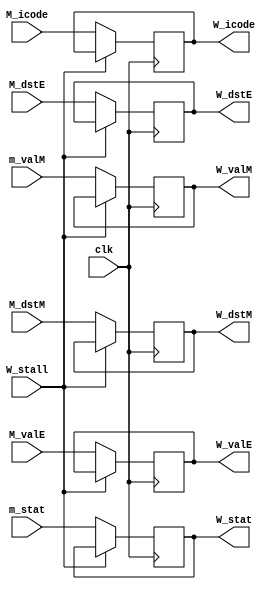
module WRITE_REG(clk,W_stall,m_stat,M_icode,M_valE,m_valM,M_dstE,M_dstM,W_stat,W_icode,W_valE,W_valM,W_dstE,W_dstM);

input clk;
input W_stall;
input [2:0]m_stat;
input [3:0]M_icode; 
input [63:0]m_valM; 
input [63:0]M_valE;
input [3:0]M_dstE;
input [3:0]M_dstM;

output reg [2:0] W_stat;
output reg [3:0] W_icode; 
output reg [3:0] W_dstE;
output reg [3:0] W_dstM;
output reg [63:0] W_valE;
output reg [63:0] W_valM;


always @(posedge(clk)) begin

	case (W_stall)
		4'h1: begin
			W_stat <= W_stat;
			W_icode <= W_icode;
			W_valE <= W_valE;
			W_valM <= W_valM;
			W_dstE <= W_dstE;
			W_dstM <= W_dstM;
		end
		default: begin
			W_stat <= m_stat;
			W_icode <= M_icode;
			W_valE <= M_valE;
			W_valM <= m_valM;
			W_dstE <= M_dstE;
			W_dstM <= M_dstM;
		end
	endcase
	
end

endmodule